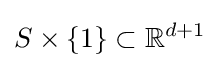
S\times \{1\}\subset \mathbb {R} ^{d+1}